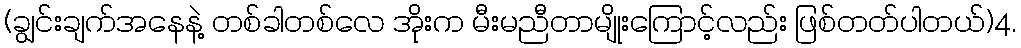
(ချွင်းချက်အနေနဲ့ တစ်ခါတစ်လေ အိုးက မီးမညီတာမျိုးကြောင့်လည်း ဖြစ်တတ်ပါတယ်)4.